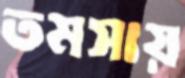
তমসায়